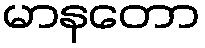
မာနတော